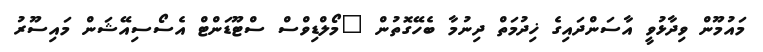
މައުމޫން ވިދާޅުވީ އާސަންދައިގެ ޚިދުމަތް ދިނުމާ ބެހޭގޮތުން "މޯލްޑިވްސް ސްޓޫޑަންޓް އެސޯސިއޭޝަން މައިސޫރު